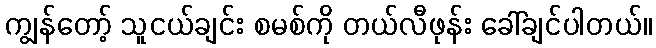
ကျွန်တော့် သူငယ်ချင်း စမစ်ကို တယ်လီဖုန်း ခေါ်ချင်ပါတယ်။